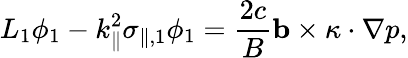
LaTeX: L_{1}\phi_{1}-k_{\parallel}^{2}\sigma_{\parallel,1}\phi_{1}=\frac{2c}{B}\mathbf{b}\times\kappa\cdot\nabla p,